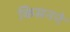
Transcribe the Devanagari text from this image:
किसनने